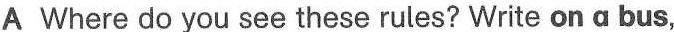
A Where do you see these rules? Write on a bus,